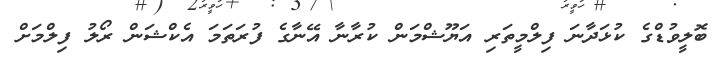
ބޮލީވުޑްގެ ކުޅަދާނަ ފިލްމީތަރި އަޔޫޝްމަން ކުރާނާ އޭނާގެ ފުރަތަމަ އެކްޝަން ރޯލު ފިލްމަށް